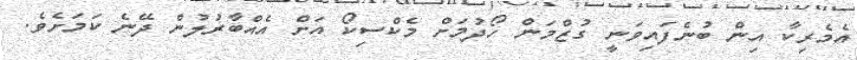
އެެމެރިކާ އިން ބުނެފައިވަނީ ގުޒްމަން ހޯދުމަށް މެކްސިކޯ އަށް އެއްބާރުލުން ދޭނެ ކަމަށެވެ.